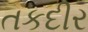
તકદીર